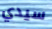
سيدي